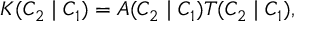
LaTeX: K ( C _ { 2 } \mid C _ { 1 } ) = A ( C _ { 2 } \mid C _ { 1 } ) T ( C _ { 2 } \mid C _ { 1 } ) ,